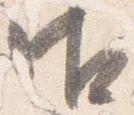
御